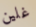
غلين